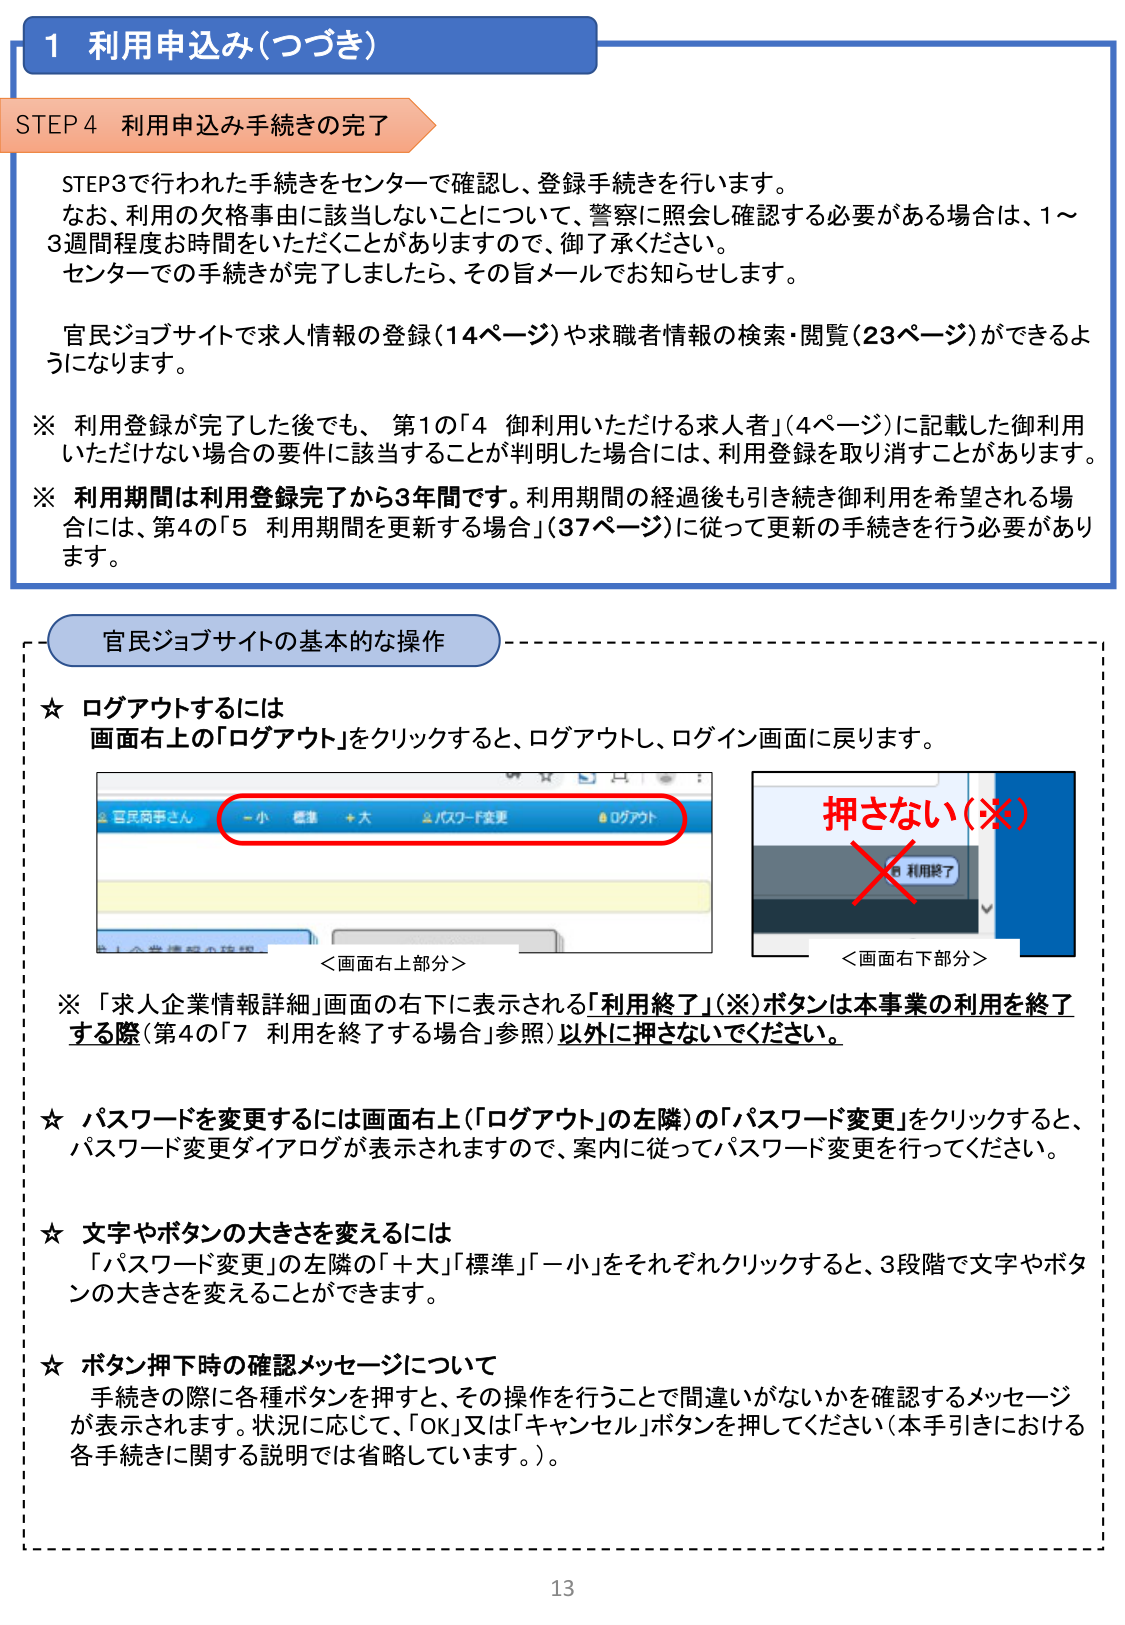
1 利用申込み(つづき)

STEP 4 利用申込み手続きの完了

STEP3で行われた手続きをセンターで確認し、登録手続きを行います。
なお、利用の欠格事由に該当しないことについて、警察に照会し確認する必要がある場合は、1～3週間程度お時間をいただくことがありますので、御了承ください。
センターでの手続きが完了しましたら、その旨メールでお知らせします。

官民ジョブサイトで求人情報の登録(14ページ)や求職者情報の検索・閲覧(23ページ)ができるようになります。

※ 利用登録が完了した後でも、第1の「4 御利用いただける求人者」(4ページ)に記載した御利用いただけない場合の要件に該当することが判明した場合には、利用登録を取り消すことがあります。

※ 利用期間は利用登録完了から3年間です。利用期間の経過後も引き続き御利用を希望される場合には、第4の「5 利用期間を更新する場合」(37ページ)に従って更新の手続きを行う必要があります。

官民ジョブサイトの基本的な操作

☆ ログアウトするには
画面右上の「ログアウト」をクリックすると、ログアウトし、ログイン画面に戻ります。

＜画面右上部分＞
官民同事さん -小 標準 +大 パスワード変更 ログアウト

＜画面右下部分＞
押さない(※)
× 利用終了

※ 「求人企業情報詳細」画面の右下に表示される「利用終了」(※)ボタンは本事業の利用を終了する際(第4の「7 利用を終了する場合」参照)以外に押さないでください。

☆ パスワードを変更するには画面右上(「ログアウト」の左隣)の「パスワード変更」をクリックすると、パスワード変更ダイアログが表示されますので、案内に従ってパスワード変更を行ってください。

☆ 文字やボタンの大きさを変えるには
「パスワード変更」の左隣の「＋大」「標準」「－小」をそれぞれクリックすると、3段階で文字やボタンの大きさを変えることができます。

☆ ボタン押下時の確認メッセージについて
手続きの際に各種ボタンを押すと、その操作を行うことで間違いがないかを確認するメッセージが表示されます。状況に応じて、「OK」又は「キャンセル」ボタンを押してください(本手引きにおける各手続きに関する説明では省略しています。)。

13